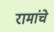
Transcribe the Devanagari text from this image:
रामांचे